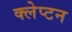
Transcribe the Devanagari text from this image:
क्लेप्टन